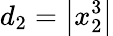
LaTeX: d_{2}=\left|x_{2}^{3}\right|